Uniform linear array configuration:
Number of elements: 64
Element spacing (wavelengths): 0.25
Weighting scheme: exponential
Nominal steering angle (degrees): -60
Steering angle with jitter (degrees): -59.408
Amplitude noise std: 0.05
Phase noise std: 0.05

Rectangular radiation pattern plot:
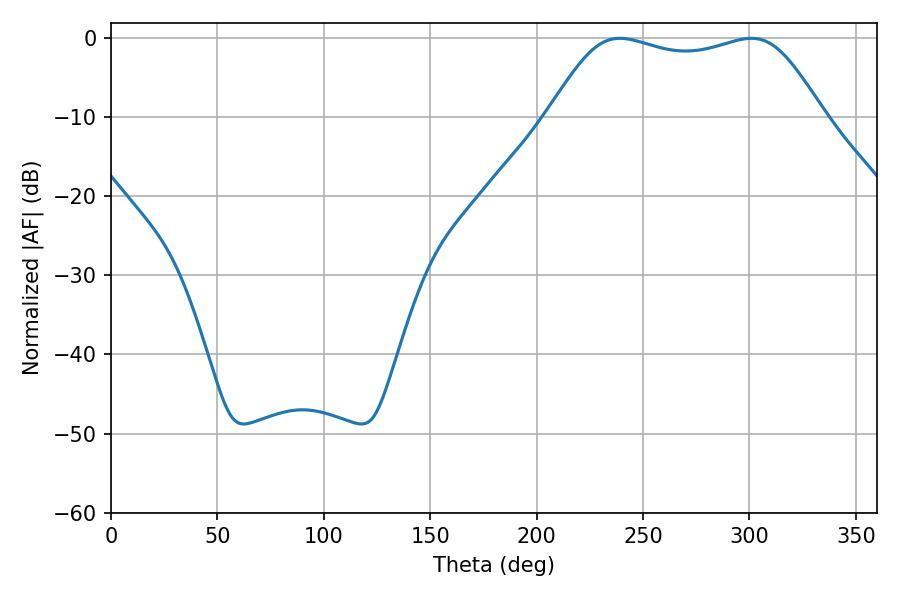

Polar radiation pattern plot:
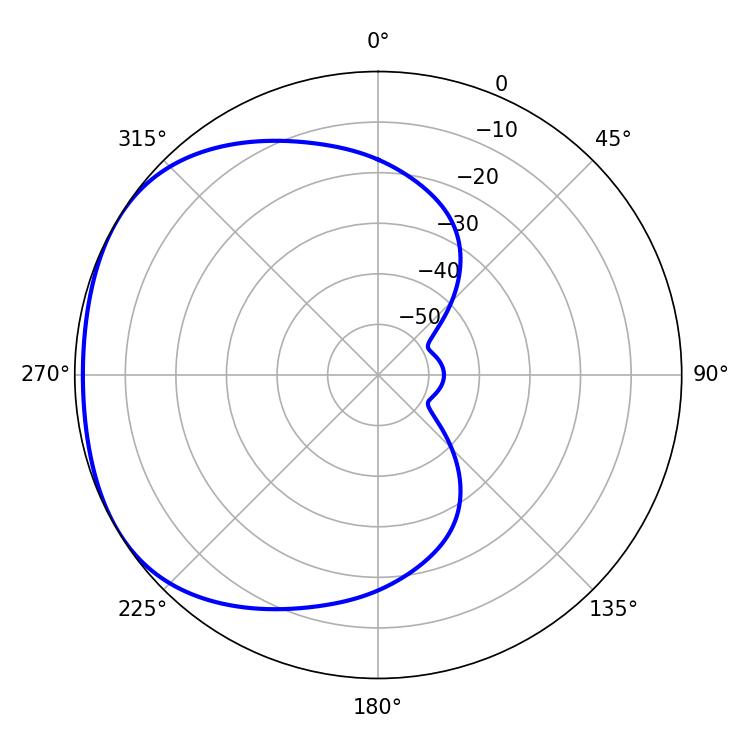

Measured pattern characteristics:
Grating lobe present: FALSE
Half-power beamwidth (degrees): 98.28
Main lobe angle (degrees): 239.04